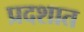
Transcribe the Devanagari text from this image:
प्रदशात